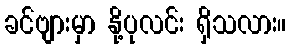
ခင်ဗျားမှာ နို့ပုလင်း ရှိသလား။